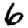
Digit: 6